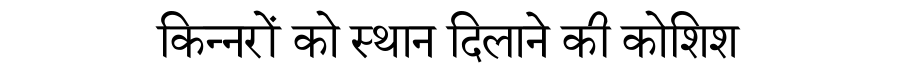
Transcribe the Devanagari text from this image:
किन्नरों को स्थान दिलाने की कोशिश